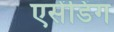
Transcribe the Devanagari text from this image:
एसेंडिंग